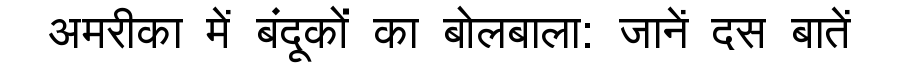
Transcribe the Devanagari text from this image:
अमरीका में बंदूकों का बोलबाला: जानें दस बातें